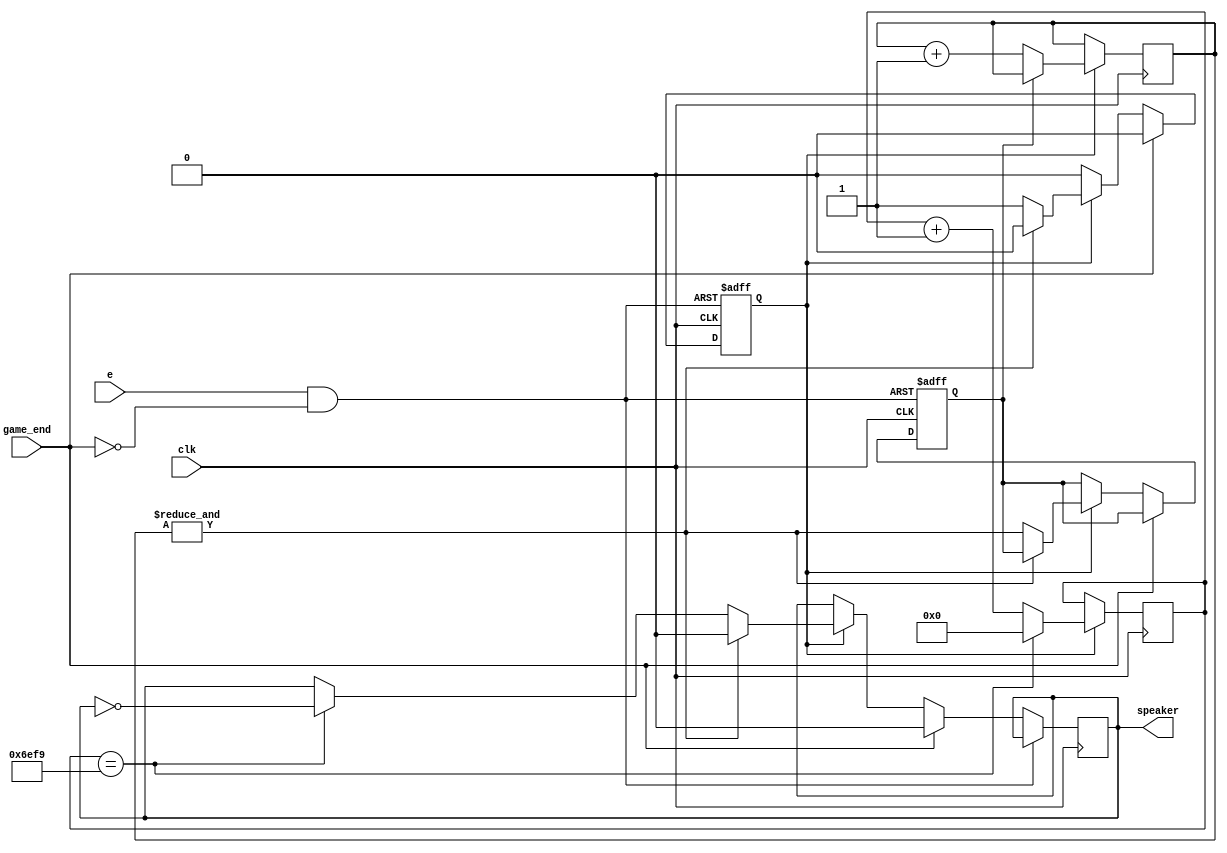
`timescale 1ns / 1ps
//////////////////////////////////////////////////////////////////////////////////
// Company:
//
// Design Name:
// Module Name:    beep
// Project Name:
// Target Devices:
// Tool versions:
// Description:
//
// Dependencies:
//
// Revision:
// Revision 0.01 - File Created
// Additional Comments: In an effort to not have to reinvent the wheel, sections of this code
//                      have been copied from http://www.fpga4fun.com/MusicBox1.html
//
//////////////////////////////////////////////////////////////////////////////////

module beep_for_wall(
  input clk, e, game_end,
  output reg speaker
  );

  reg turnOnBeep = 0;
  reg [22:0] c;
  reg dclk = 0;
  
  wire enable = e & ~game_end;
  

  
  always @(posedge clk)
    begin
	  if(turnOnBeep)
	   begin
		if (dclk==1)
				c <= c;
			else
				c <= c+ 1;
		end
	 end
	



  reg [16:0] count;
  always @(posedge clk)
    begin
	  if(turnOnBeep)
	   begin
      if(count==56818/2)
        count<=0;
      else
        count <= count+1;
		end
    end


  always @(posedge clk, posedge enable)
    begin
	 if (enable) 
	 begin
		turnOnBeep <= 1;
		dclk <= 0;
	 end
	 else 
		 if(game_end) begin
			speaker <= 0;
			turnOnBeep <= 0; end
		 else begin
		 if(turnOnBeep)
			begin
			if (&c == 1)
				begin
					speaker <= 0;
					turnOnBeep <= 0;
				end
			else
			begin
				dclk <= &c;
				if(count==56818/2)
					speaker <= ~speaker;
				else
					speaker <= speaker;
			end
			end
		end
    end
endmodule